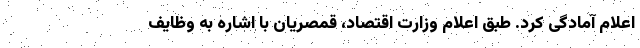
اعلام آمادگی کرد. طبق اعلام وزارت اقتصاد، قمصریان با اشاره به وظایف